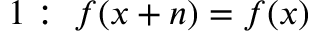
1 : \; f ( x + n ) = f ( x )